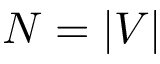
N = | V |